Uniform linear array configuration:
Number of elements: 32
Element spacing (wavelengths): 1
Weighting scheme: hamming
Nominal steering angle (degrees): -15
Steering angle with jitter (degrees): -15.42
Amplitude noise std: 0.05
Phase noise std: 0.05

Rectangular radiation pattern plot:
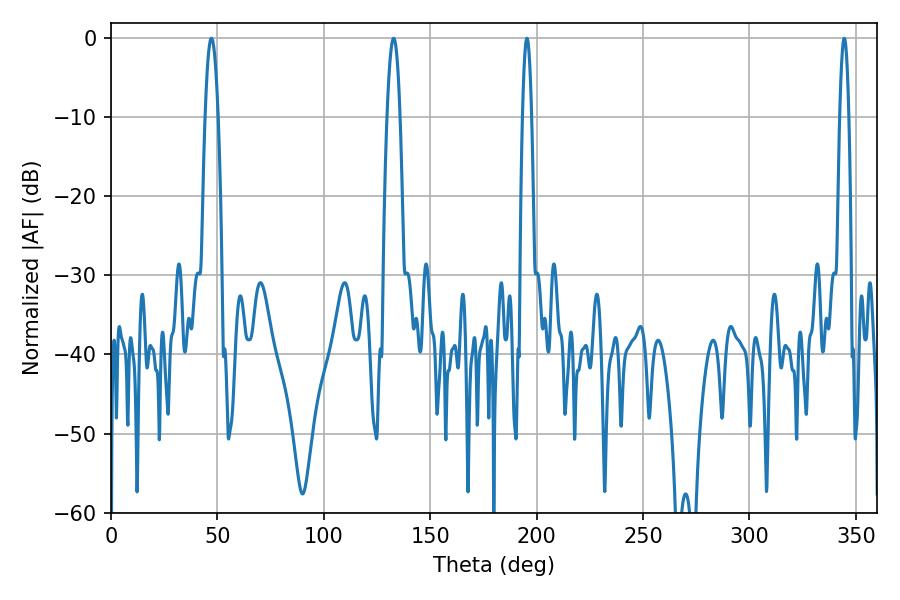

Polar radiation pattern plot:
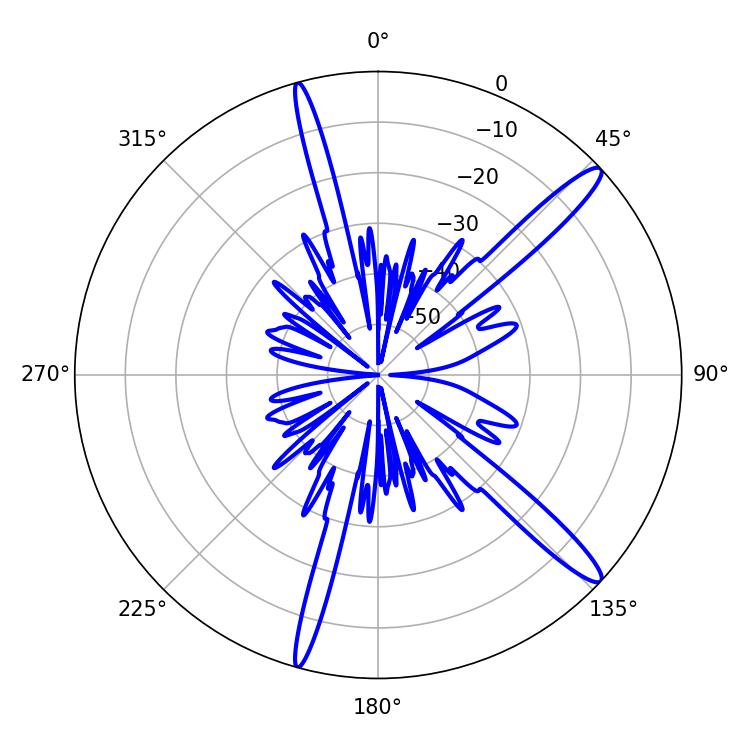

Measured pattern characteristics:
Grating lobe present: TRUE
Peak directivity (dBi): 14.55
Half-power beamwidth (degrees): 3.42
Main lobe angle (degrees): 47.16